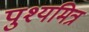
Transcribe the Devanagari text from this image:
पुश्यमित्र